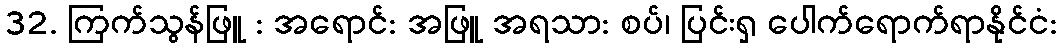
32. ကြက်သွန်ဖြူ : အရောင်: အဖြူ အရသာ: စပ်၊ ပြင်းရှ ပေါက်ရောက်ရာနိုင်ငံ: